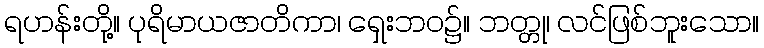
ရဟန်းတို့။ ပုရိမာယဇာတိကာ၊ ရှေးဘဝ၌။ ဘတ္တု၊ လင်ဖြစ်ဘူးသော။